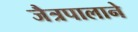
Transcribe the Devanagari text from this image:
जैत्रपालाने